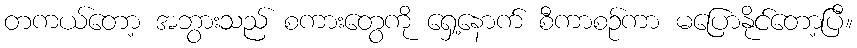
တကယ်တော့ အဘွားသည် စကားတွေကို ရှေ့နောက် စီကာစဉ်ကာ မပြောနိုင်တော့ပြီ။